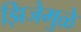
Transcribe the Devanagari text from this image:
झिजेमुळे